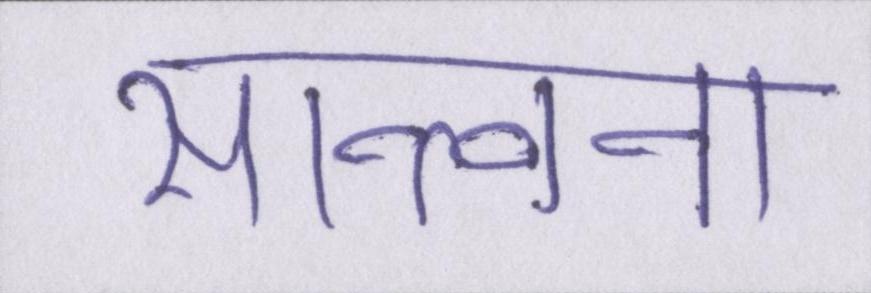
सान्त्वना